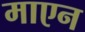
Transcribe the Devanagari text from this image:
माएन